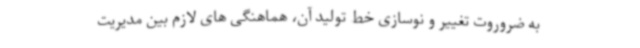
به ضروروت تغییر و نوسازی خط تولید آن، هماهنگی های لازم بین مدیریت